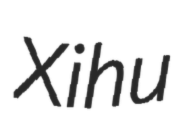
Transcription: Xihu